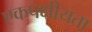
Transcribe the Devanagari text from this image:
एकपक्षीयता